Leprosy in India: report of the Leprosy Commission in India, 1890-91
Year: 1890
Disease focus: Leprosy
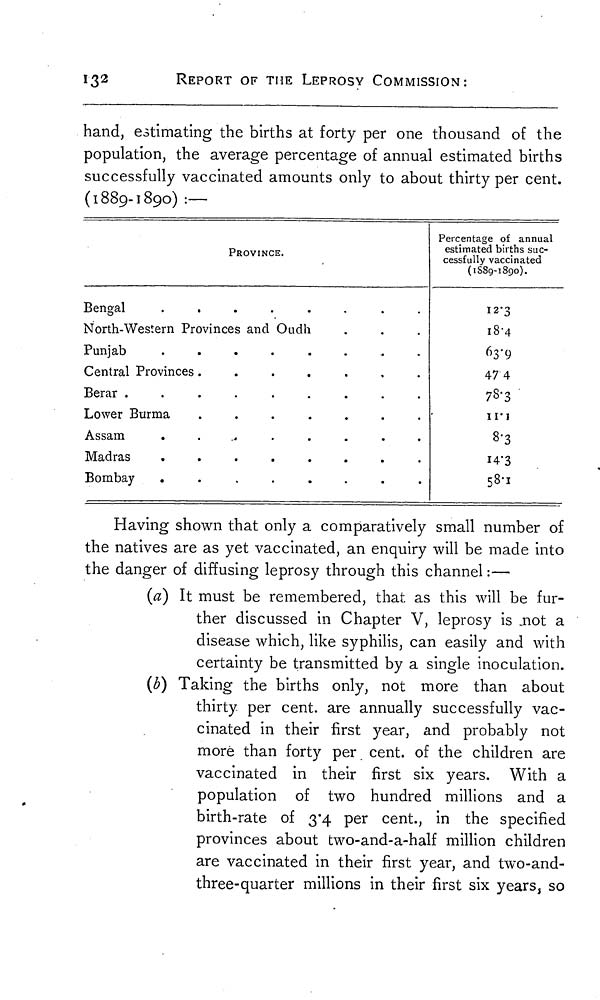
132
REPORT OF THE LEPROSY COMMISSION:
hand, estimating the births at forty per one thousand of the
population, the average percentage of annual estimated births
successfully vaccinated amounts only to about thirty per cent.
(1889-1890) :—
PROVINCE.
B e n g a l
........
N o r t h - W e s t e r n P r o v i n c e s a n d O u d h
P u n j a b
........
C e n t r a l
P r o v i n c e s . . . . . . .
B e r a r
.........
L o w e r B u r m a
.......
A s s a m
........
M a d r a s
........
B o m b a y
........
Percentage of annual
estimated births suc-
cessfully vaccinated
(1889-1890).
12.3
18.4
63.9
47. 4
78.3
11.1
8.3
14.3
58.1
Having shown that only a comparatively small number of
the natives are as yet vaccinated, an enquiry will be made into
the danger of diffusing leprosy through this channel :—
(a) It must be remembered, that as this will be fur-
ther discussed in Chapter V, leprosy is not a
disease which, like syphilis, can easily and with
certainty be transmitted by a single inoculation.
(b) Taking the births only, not more than about
thirty per cent, are annually successfully vac-
cinated in their first year, and probably not
more than forty per cent, of the children are
vaccinated in their first six years. With a
population of two hundred millions and a
birth-rate of 3.4 per cent., in the specified
provinces about two-and-a-half million children
are vaccinated in their first year, and two-and-
three-quarter millions in their first six years, so